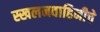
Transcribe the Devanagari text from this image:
स्खलनवाहिनीचे